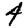
Digit: 4